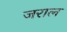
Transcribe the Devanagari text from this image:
जराल